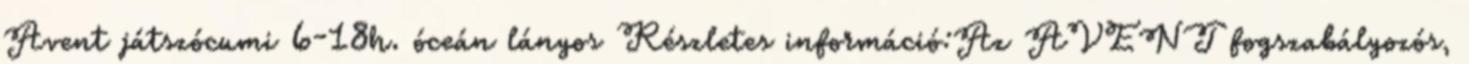
Avent játszócumi 6-18h. óceán lányos Részletes információ:Az AVENT fogszabályozós,